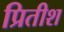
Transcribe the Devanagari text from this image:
प्रितीश